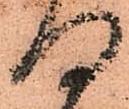
何